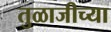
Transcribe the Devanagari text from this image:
तुळाजीच्या